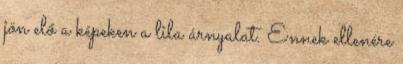
jön elő a képeken a lila árnyalat. Ennek ellenére